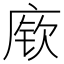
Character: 𫷷